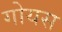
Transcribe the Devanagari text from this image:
गोयस